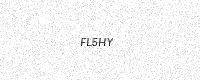
Text: FL5HY